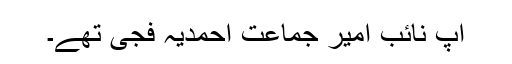
آپ نائب امیر جماعت احمدیہ فجی تھے۔